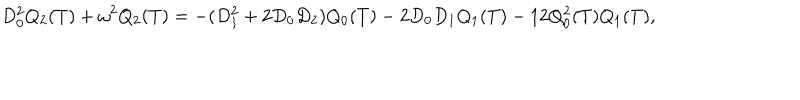
D _ { 0 } ^ { 2 } Q _ { 2 } ( T ) + \omega ^ { 2 } Q _ { 2 } ( T ) = - ( D _ { 1 } ^ { 2 } + 2 D _ { 0 } D _ { 2 } ) Q _ { 0 } ( T ) - 2 D _ { 0 } D _ { 1 } Q _ { 1 } ( T ) - 1 2 Q _ { 0 } ^ { 2 } ( T ) Q _ { 1 } ( T ) ,